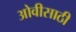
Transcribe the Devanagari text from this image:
ओवीसाठी